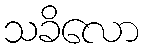
သခိလော